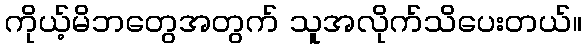
ကိုယ့်မိဘတွေအတွက် သူအလိုက်သိပေးတယ်။